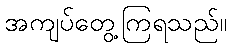
အကျပ်တွေ့ကြရသည်။